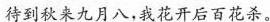
待到秋来九月八，我花开后百花杀。